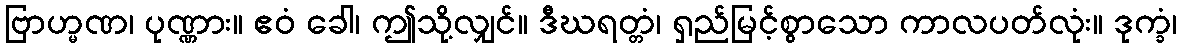
ဗြာဟ္မဏ၊ ပုဏ္ဏား။ ဧဝံ ခေါ၊ ဤသို့လျှင်။ ဒီဃရတ္တံ၊ ရှည်မြင့်စွာသော ကာလပတ်လုံး။ ဒုက္ခံ၊